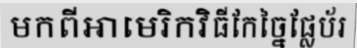
មកពីអាមេរិកវិធីកែច្នៃផ្លែប័រ